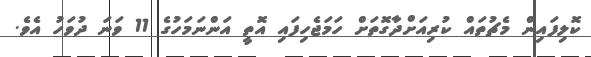
ކޮލިފައިން މެޗުތައް ކުރިއަށްދާގޮތަށް ހަމަޖެހިފައި އޮތީ އަންނަމަހުގެ 11 ވަނަ ދުވަހު އެވެ.